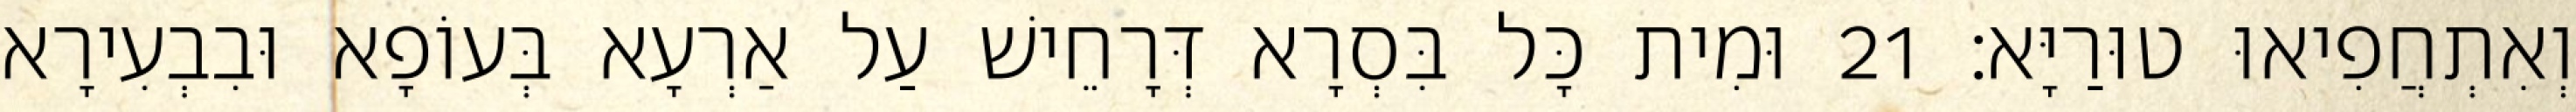
וְאִתְחֲפִיאוּ טוּרַיָּא׃ 21 וּמִית כָּל בִּסְרָא דְּרָחֵישׁ עַל אַרְעָא בְּעוֹפָא וּבִבְעִירָא